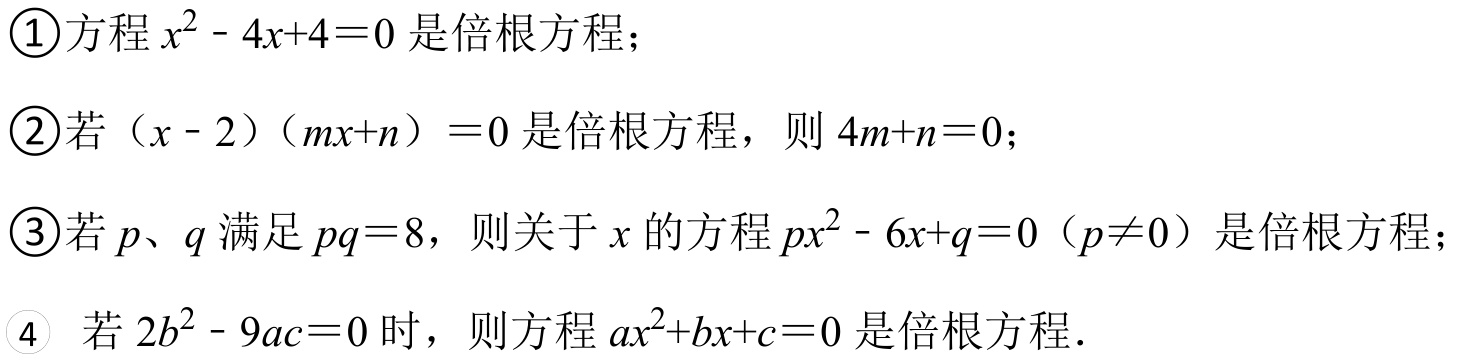
\textcircled{1}方程\(x^{2}-4x + 4 = 0\)是倍根方程；
\textcircled{2}若\((x - 2)(mx + n)=0\)是倍根方程，则\(4m + n = 0\)；
\textcircled{3}若\(p、q\)满足\(pq = 8\)，则关于\(x\)的方程\(px^{2}-6x + q = 0\)（\(p\neq0\)）是倍根方程；
\textcircled{4} 若\(2b^{2}-9ac = 0\)时，则方程\(ax^{2}+bx + c = 0\)是倍根方程．